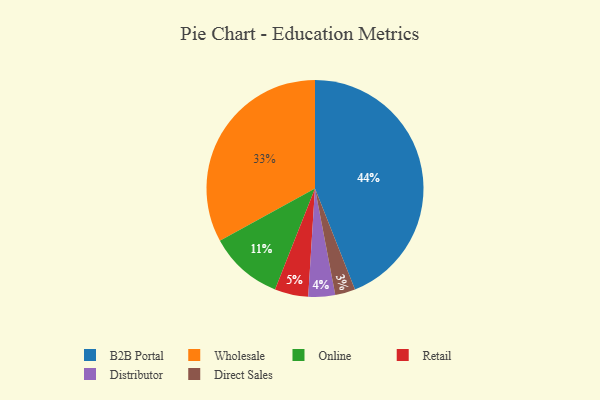
{"axis": {"x": "Category", "y": "Percentage"}, "legend": ["B2B Portal", "Direct Sales", "Distributor", "Online", "Retail", "Wholesale"], "data": [{"x": "Retail", "y": 5, "type": "Retail"}, {"x": "B2B Portal", "y": 44, "type": "B2B Portal"}, {"x": "Wholesale", "y": 33, "type": "Wholesale"}, {"x": "Online", "y": 11, "type": "Online"}, {"x": "Direct Sales", "y": 3, "type": "Direct Sales"}, {"x": "Distributor", "y": 4, "type": "Distributor"}]}